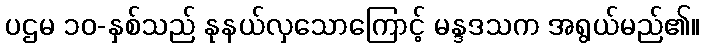
ပဌမ ၁၀-နှစ်သည် နုနယ်လှသောကြောင့် မန္ဒဒသက အရွယ်မည်၏။